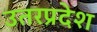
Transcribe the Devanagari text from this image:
उतरप्रदेश